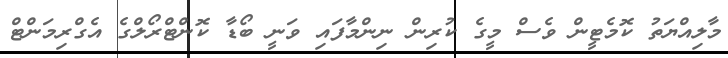
މާލިއްޔަތު ކޮމެޓީން ވެސް މީގެ ކުރިން ނިންމާފައި ވަނީ ބޯޑާ ކޮންޓްރޯލްގެ އެގްރިމަންޓް